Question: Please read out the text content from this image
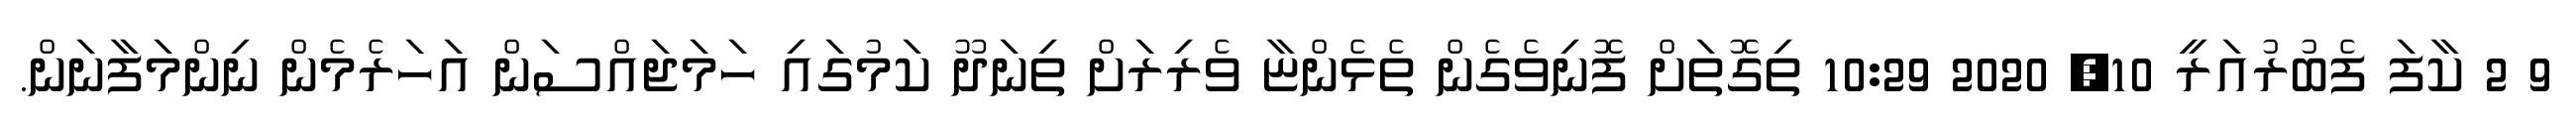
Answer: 9 2 ކާފަ ފެބުރުއަރީ 10, 2020 10:29 ތިގޮތަށް ފޮނިވެގެން ތެޅެންޏާ ވެރިރަށް ތިނަދޫ ކަމުގައި ހަމަޖައްސަން އަހަރެމެން ނިންމަފާނަން.